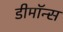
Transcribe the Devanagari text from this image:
डीमॉन्स